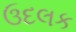
ઉદલક